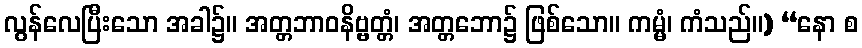
လွန်လေပြီးသော အခါ၌။ အတ္တဘာဝနိဗ္ဗတ္တံ၊ အတ္တဘော၌ ဖြစ်သော။ ကမ္မံ၊ ကံသည်။) “နော စ